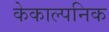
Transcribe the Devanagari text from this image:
केकाल्पनिक